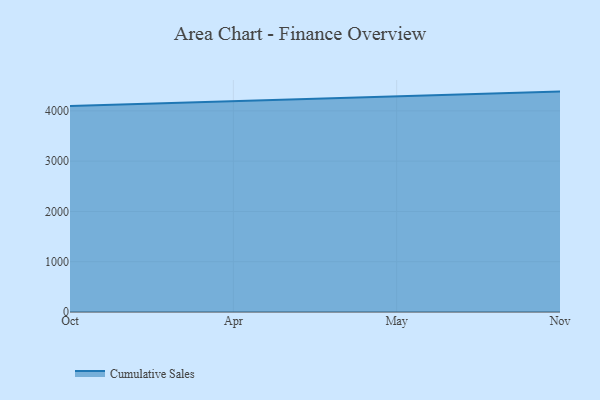
{"axis": {"x": "Month", "y": "Inventory Turnover"}, "legend": ["Cumulative Sales"], "data": [{"x": "Oct", "y": 4097.0, "type": "Cumulative Sales"}, {"x": "Apr", "y": 4190.5, "type": "Cumulative Sales"}, {"x": "May", "y": 4283.8, "type": "Cumulative Sales"}, {"x": "Nov", "y": 4383.3, "type": "Cumulative Sales"}]}